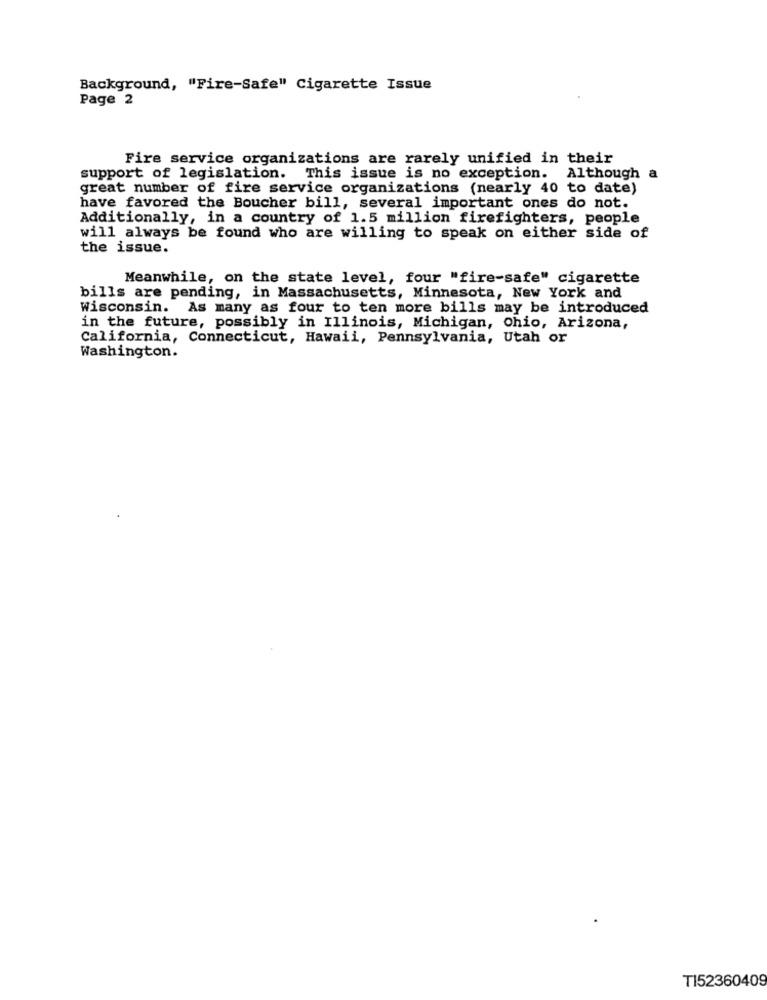
Background, "Fire-Safe" Cigarette Issue
Page 2
Fire service organizations are rarely unified in their
support of legislation. This issue is no exception. Although a
great number of fire service organizations (nearly 40 to date)
have favored the Boucher bill, several important ones do not.
Additionally, in a country of 1.5 million firefighters, people
will always be found who are willing to speak on either side of
the issue.
Meanwhile, on the state level, four "fire-safe" cigarette
bills are pending, in Massachusetts, Minnesota, New York and
Wisconsin. As many as four to ten more bills may be introduced
in the future, possibly in Illinois, Michigan, Ohio, Arizona,
California, Connecticut, Hawaii, Pennsylvania, Utah or
Washington.
TI52360409